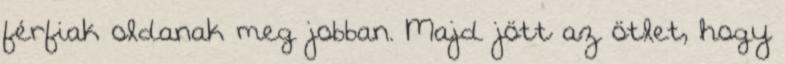
férfiak oldanak meg jobban. Majd jött az ötlet, hogy